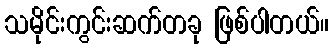
သမိုင်းကွင်းဆက်တခု ဖြစ်ပါတယ်။